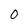
Character: 0